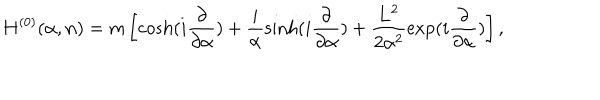
H ^ { ( 0 ) } ( { \alpha } , { \bf n } ) = m \left[ \cosh ( i \frac { \partial } { { \partial } { \alpha } } ) + \frac { i } { { \alpha } } \sinh ( i \frac { \partial } { { \partial } { \alpha } } ) + \frac { { \bf L } ^ { 2 } } { 2 { \alpha } ^ { 2 } } \exp ( i \frac { \partial } { { \partial } { \alpha } } ) \right] ,